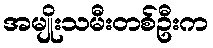
အမျိုးသမီးတစ်ဦးက